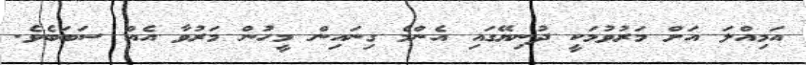
އަމިއްލަ އަށް މަރުވުމަކީ ދުނިޔޭގައި އެންމެ ގިނައިން މީހުން މަރުވާ އެއް ސަބަބެވެ.